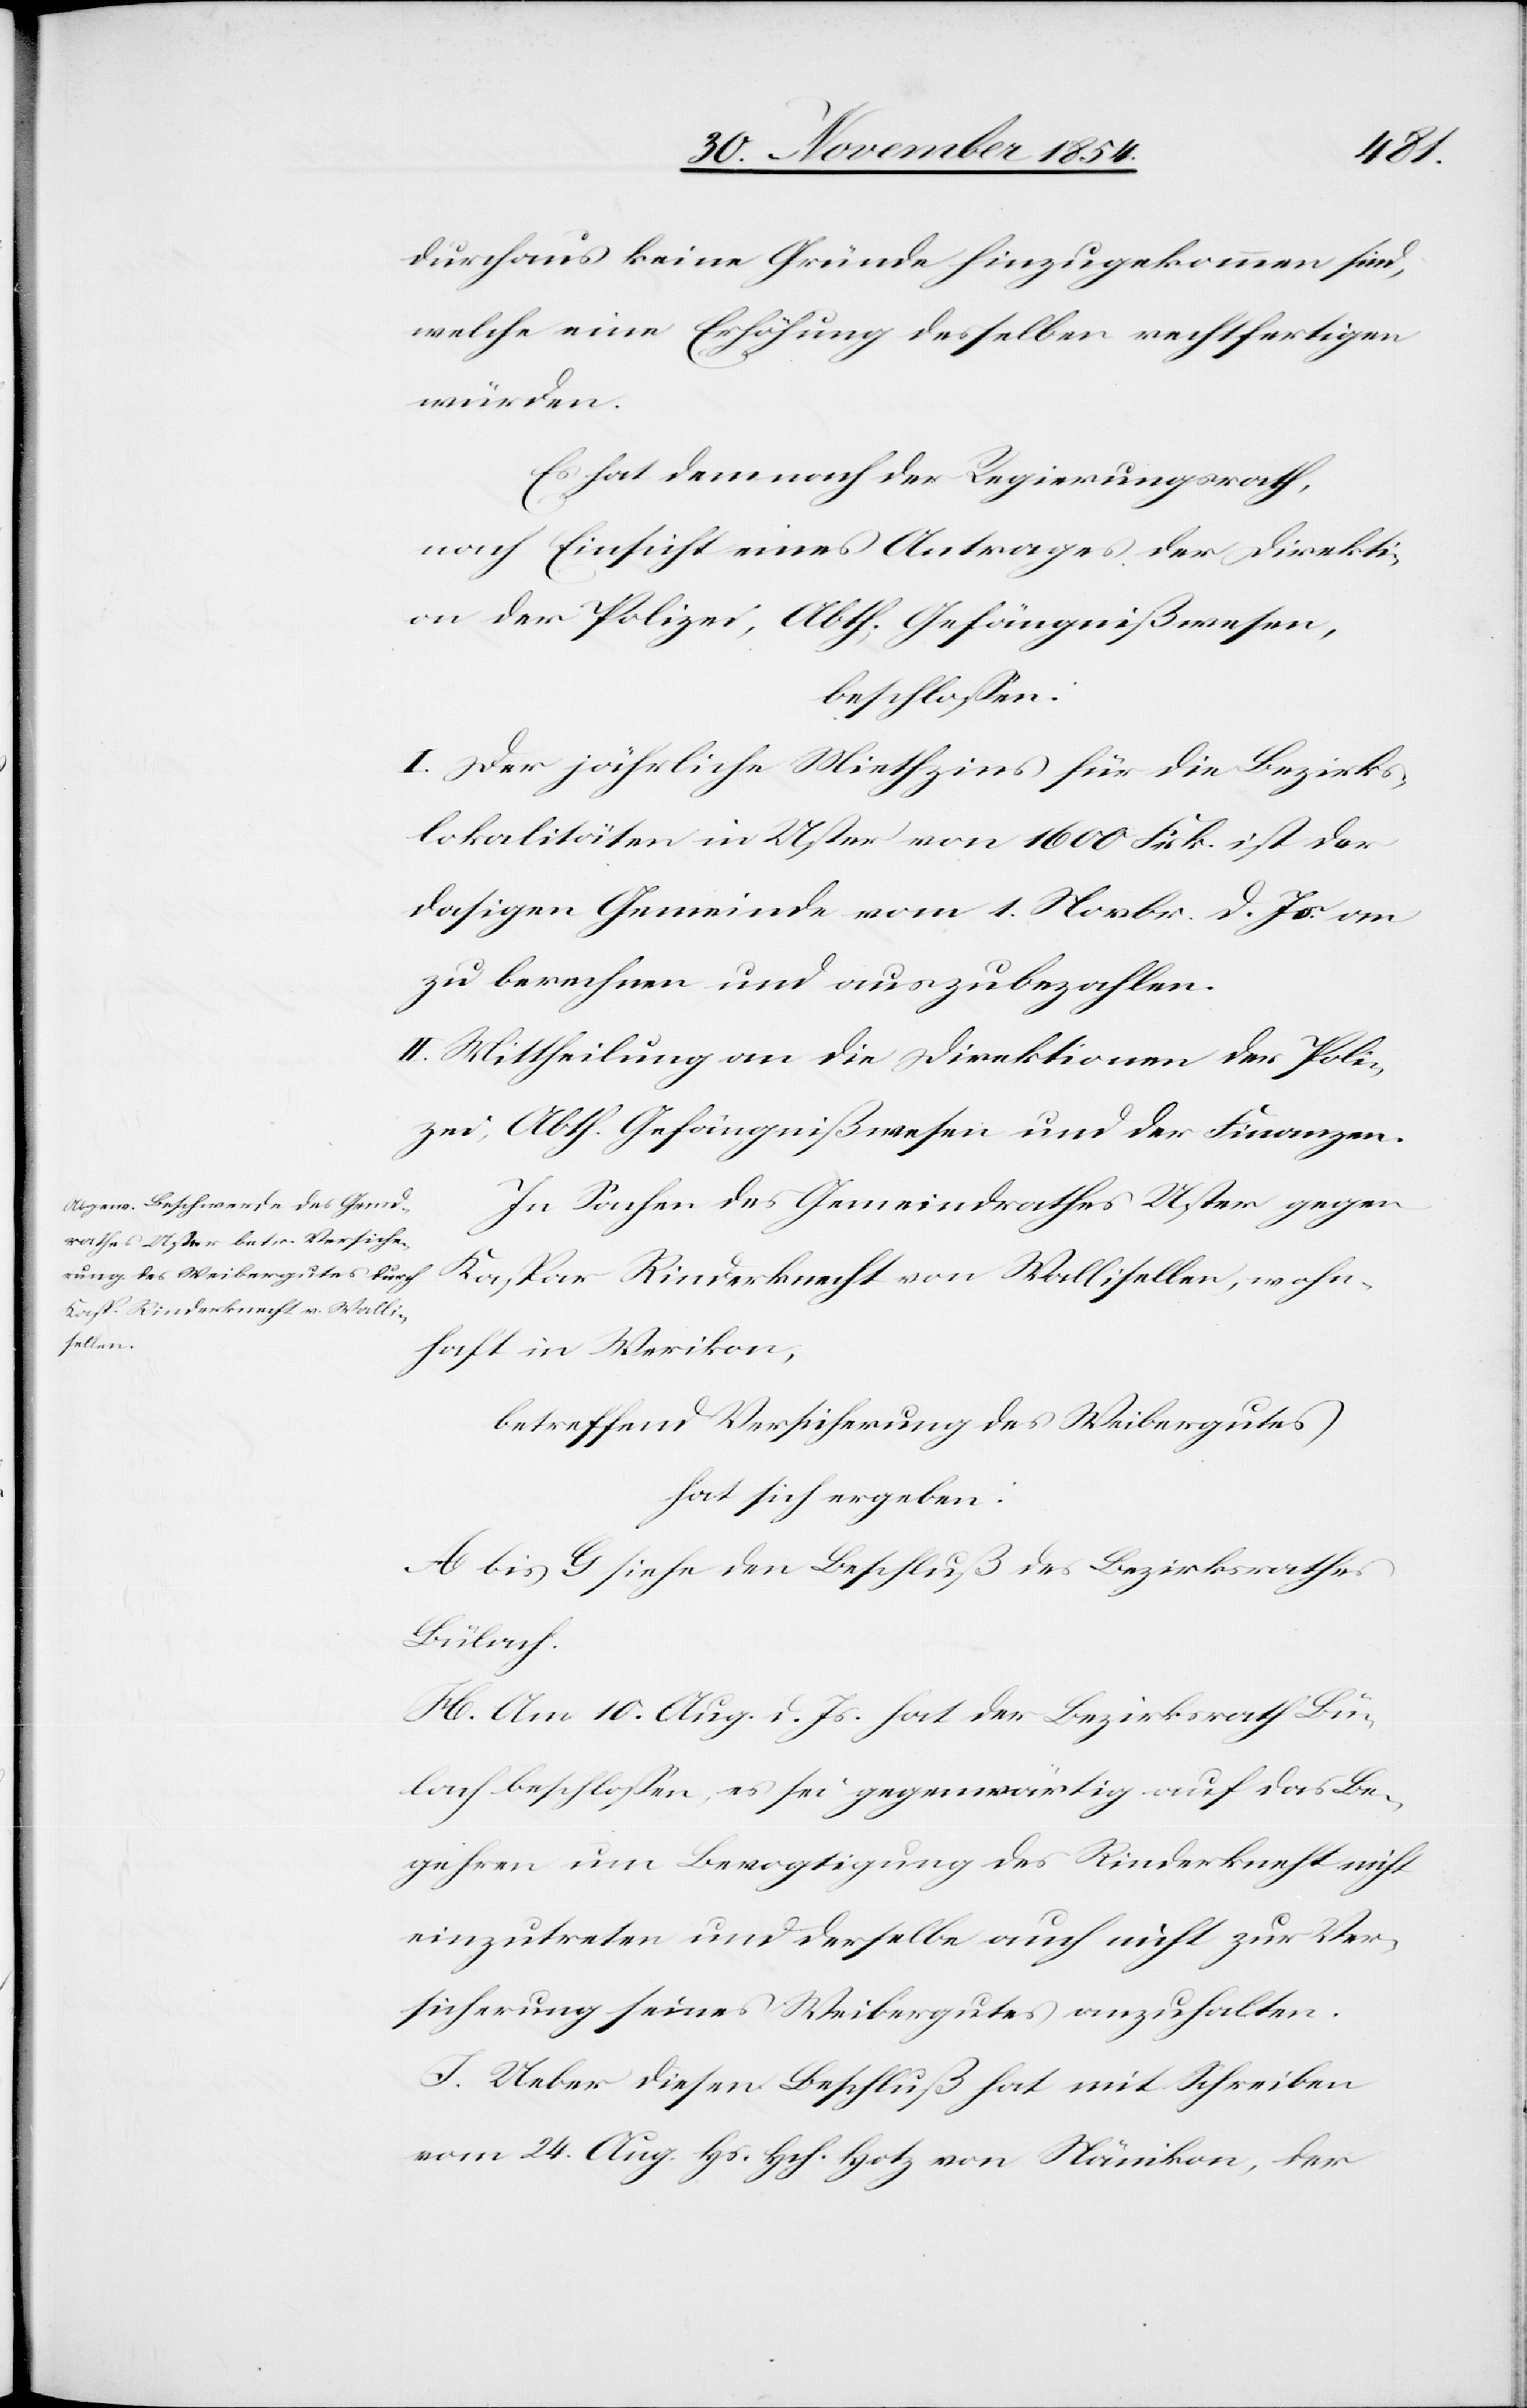
durchaus keine Gründe hinzukommen sind,
welche eine Erhöhung desselben rechtfertigen
würden.
Es hat demnach der Regierungsrath,
nach Einsicht eines Antrages der Direkti¬
on der Polizei, Abth. Gefängnißwesen,
beschloßen:
I. Der jährliche Miethzins für die Bezirks¬
lokalitäten in Uster von 1600 Frk. ist der
dasigen Gemeinde vom 1. Novbr. d. Js. an
zu berechnen und auszubezahlen.
II. Mittheilung an die Direktionen der Poli¬
zei, Abth. Gefängnißwesen und der Finanzen.
In Sachen des Gemeindrathes Uster gegen
Kaspar Rinderknecht von Wallisellen, wohn¬
haft in Werikon,
betreffend Versicherung des Weibergutes
hat sich ergeben:
A bis G siehe den Beschluß des Bezirksrathes
Bülach.
H. Am 10. Aug. d. Js. hat der Bezirksrath Bü¬
lach beschloßen, es sei gegenwärtig auf das Be¬
gehren um Bevogtigung des Rinderknecht nicht
einzutreten und derselbe auch nicht zur Ver¬
sicherung seines Weibergutes anzuhalten.
I. Ueber diesen Beschluß hat mit Schreiben
vom 24. Aug. Hs. Hch. Hotz von Nänikon, der